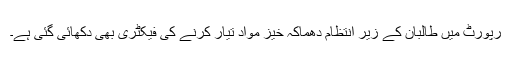
رپورٹ میں طالبان کے زیر انتظام دھماکہ خیز مواد تیار کرنے کی فیکٹری بھی دکھائی گئی ہے۔